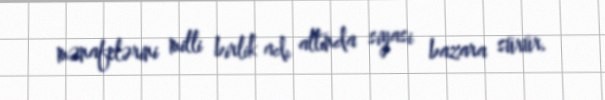
mənafelərini milli birlik adı altında siyasi bazara sürür.